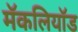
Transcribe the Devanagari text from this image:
मॅकलियॉड